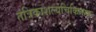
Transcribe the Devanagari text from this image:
तंत्रिकाशल्यचिकित्सक